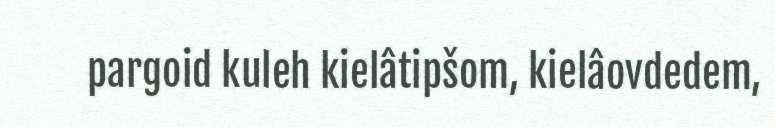
pargoid kuleh kielâtipšom, kielâovdedem,